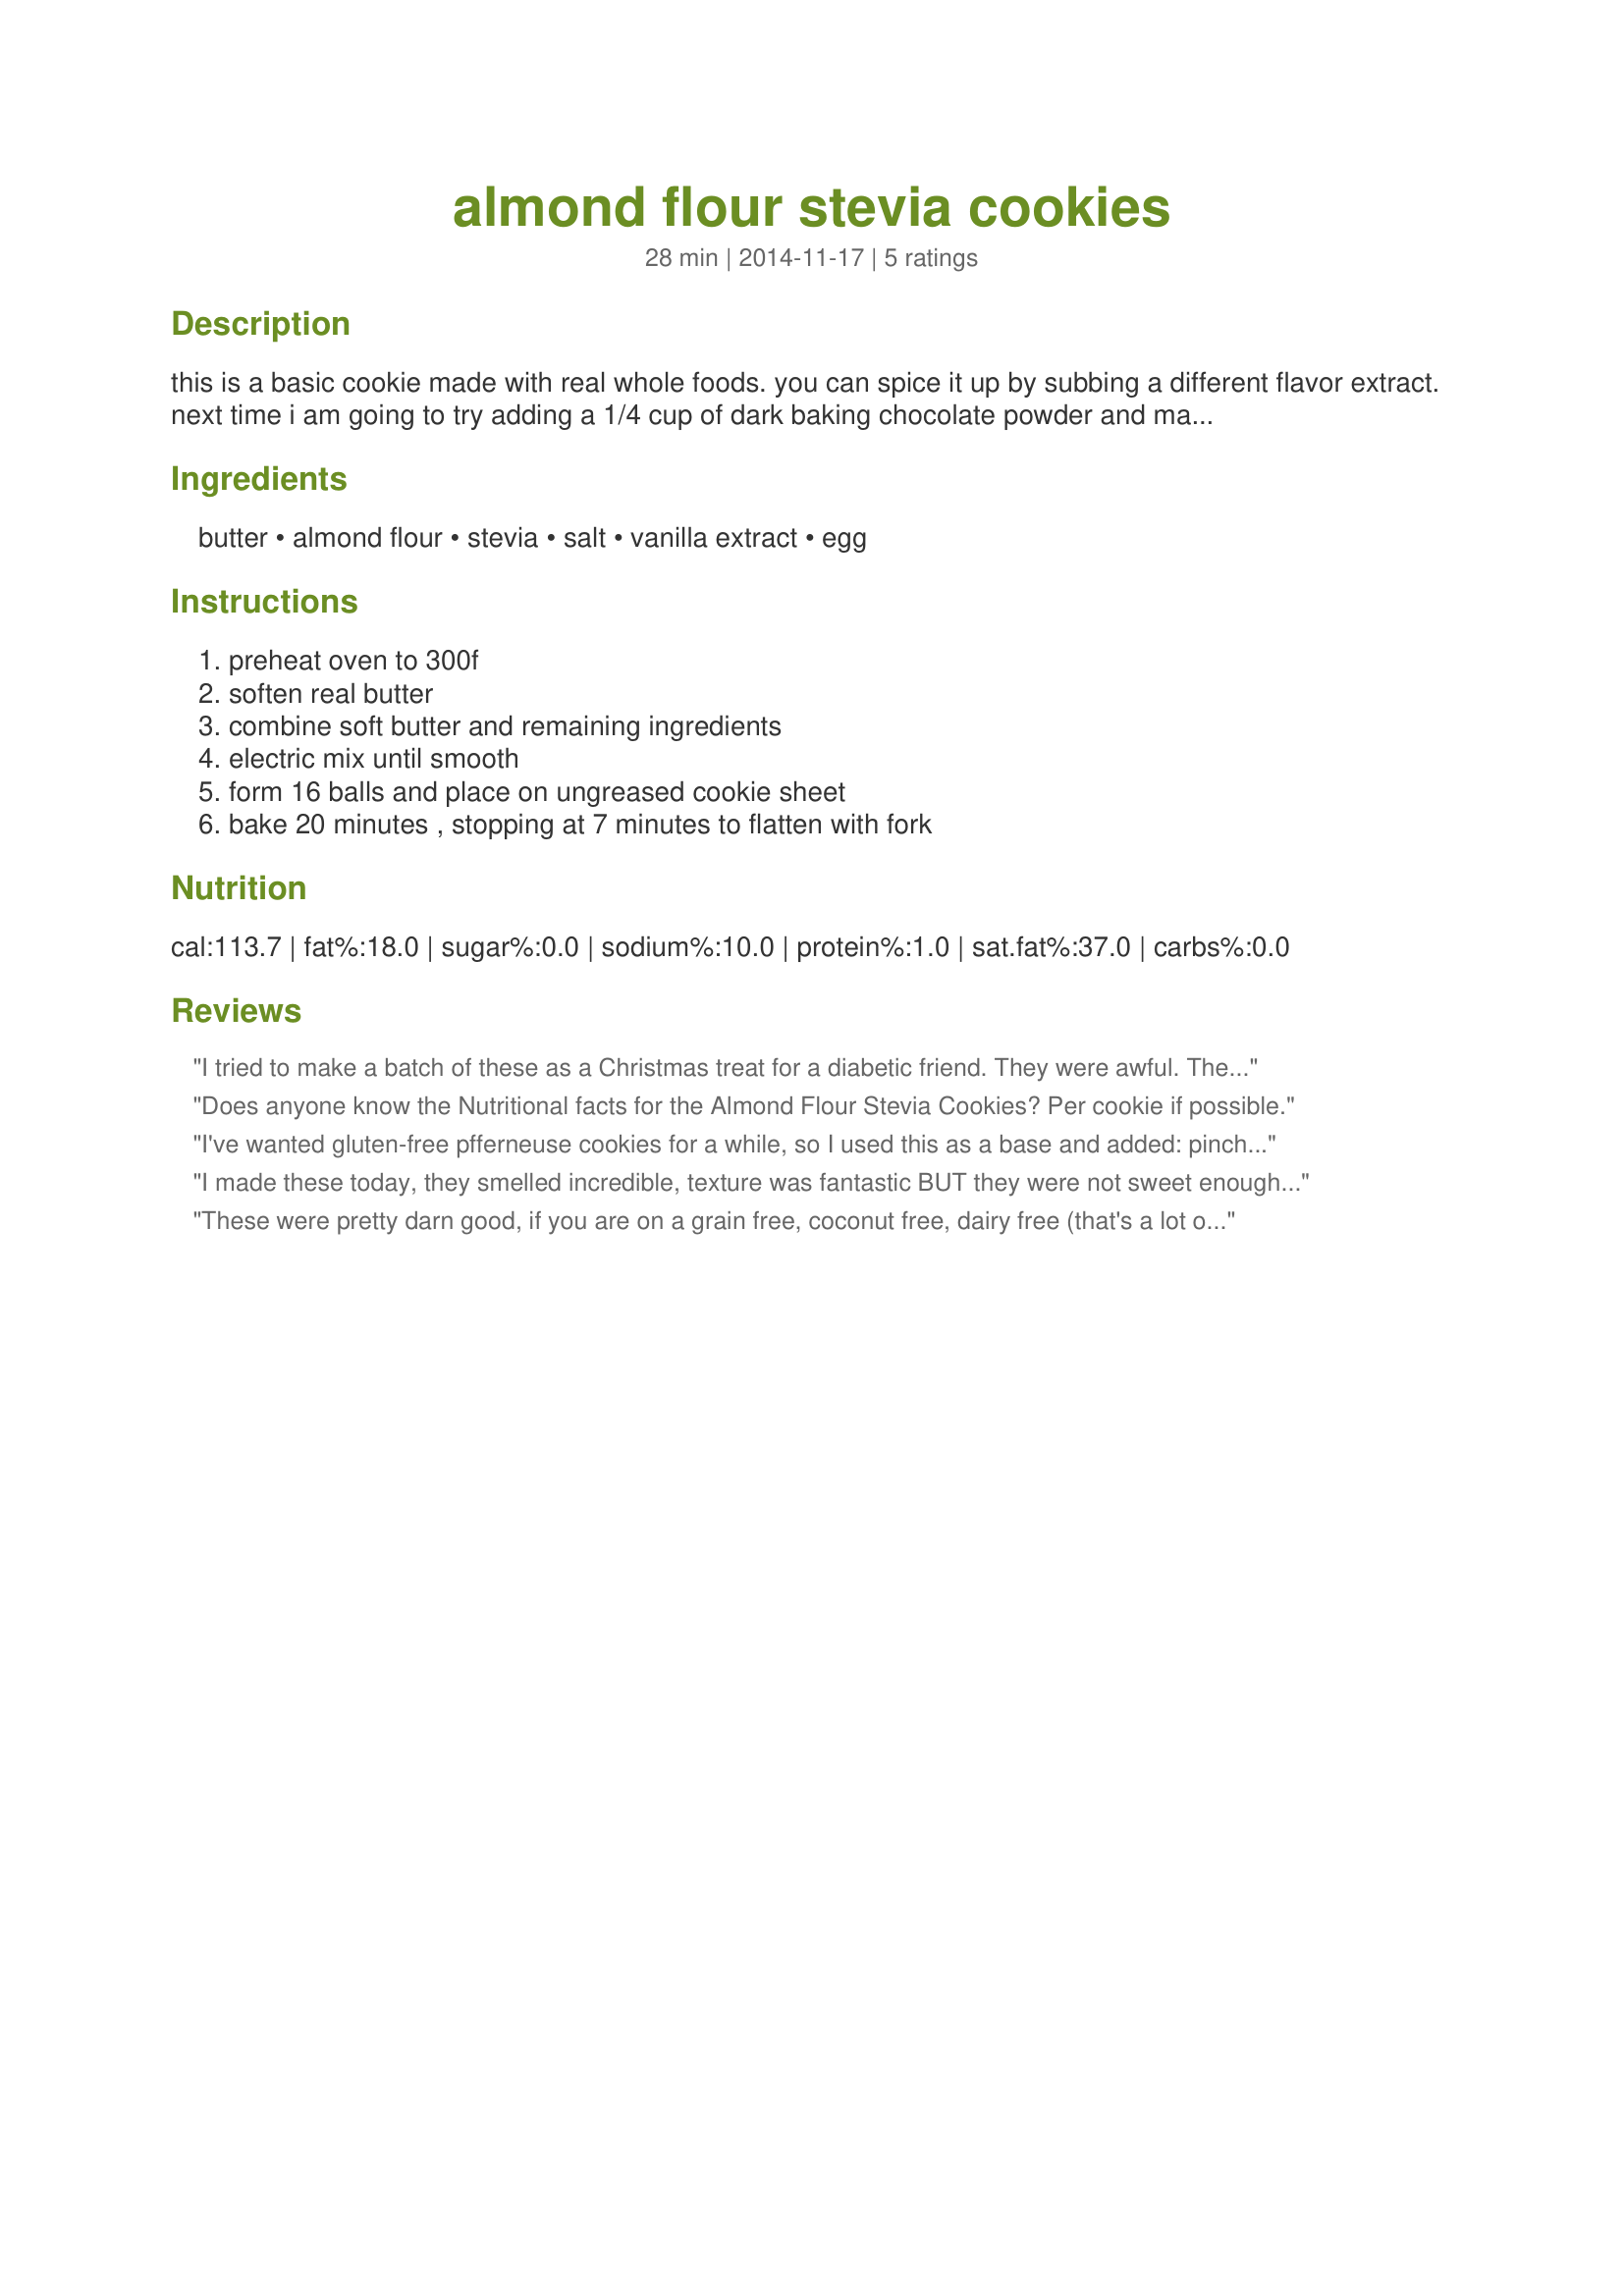
almond flour stevia cookies
Preparation time: 28 minutes

this is a basic cookie made with real whole foods. you can spice it up by subbing a different flavor extract. next time i am going to try adding a 1/4 cup of dark baking chocolate powder and maybe some coconut. i am excited about trying different variations.

Ingredients:
butter, almond flour, stevia, salt, vanilla extract, egg

Steps:
preheat oven to 300f, soften real butter, combine soft butter and remaining ingredients, electric mix until smooth, form 16 balls and place on ungreased cookie sheet, bake 20 minutes , stopping at 7 minutes to flatten with fork

Reviews:
I tried to make a batch of these as a Christmas treat for a diabetic friend. They were awful. The stevia has a very nasty after taste that sticks around in your mouth. It was a waste of time and good ingredients. I hope the squirrels will eat theem
Does anyone know the Nutritional facts for the Almond Flour Stevia Cookies? Per cookie if possible.
I've wanted gluten-free pfferneuse cookies for a while, so I used this as a base and added: pinch of black pepper, 1 Tablespoon cinnamon, 1 teaspoon cardamon, 1/2 teaspoon ginger (might add less next time), 1 teaspoon nutmeg, pinch cloves. They are yummy!
I made these today, they smelled incredible, texture was fantastic BUT they were not sweet enough at all.. the flavor of the almond and butter overpowered the sweet aspect and they tasted bitter almost. I would suggest adding more stevia and possibly chocolate chips or spices to mask that weird bitter taste.
These were pretty darn good, if you are on a grain free, coconut free, dairy free (that's a lot of Free' s I know hahaha) diet. Do not expect them to be like regular chocolate chip cookies, and they aren't very sweet but they definitely hit the spot for a cookie craving and I noticed after I ate them I felt satisfied :-) me which is a good thing because I usually end up eating the whole batch within an hour :-) Thank you for sharing the recipe!!
